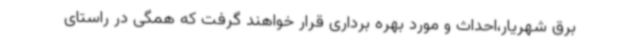
برق شهریار،احداث و مورد بهره برداری قرار خواهند گرفت که همگی در راستای